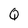
Character: Q